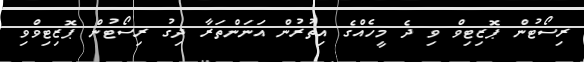
ރިސޯޓުން ޕޮޒިޓިވް ވި ދެ މީހެއްގެ އިތުރުން އަނަންތަރާ ދިގު ރިސޯޓުން ޕޮޒިޓިވްވި